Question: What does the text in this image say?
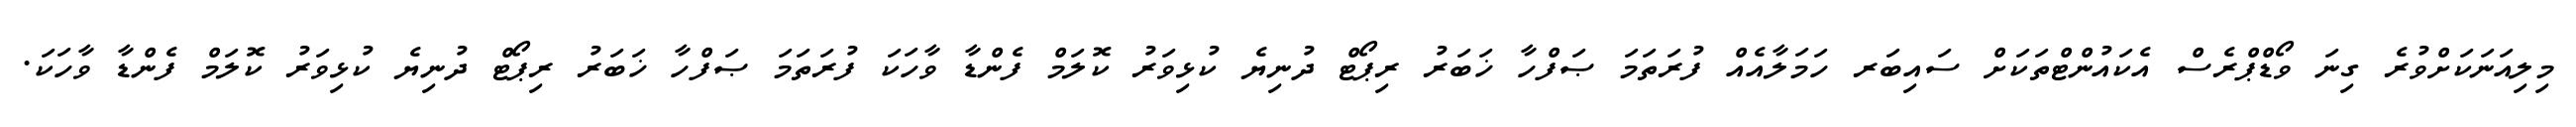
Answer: މިލިއަނަކަށްވުރެ ގިނަ ވޯޑްޕްރެސް އެކައުންޓްތަކަށް ސައިބަރ ހަމަލާއެއް ފުރަތަމަ ޞަފްހާ ޚަބަރު ރިޕޯޓް ދުނިޔެ ކުޅިވަރު ކޮލަމް ފެންޑާ ވާހަކަ ފުރަތަމަ ޞަފްހާ ޚަބަރު ރިޕޯޓް ދުނިޔެ ކުޅިވަރު ކޮލަމް ފެންޑާ ވާހަކަ.